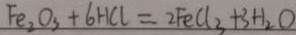
F e _ { 2 } O _ { 3 } + 6 H C l = 2 F e C l _ { 3 } + 3 H _ { 2 } O